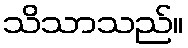
သိသာသည်။